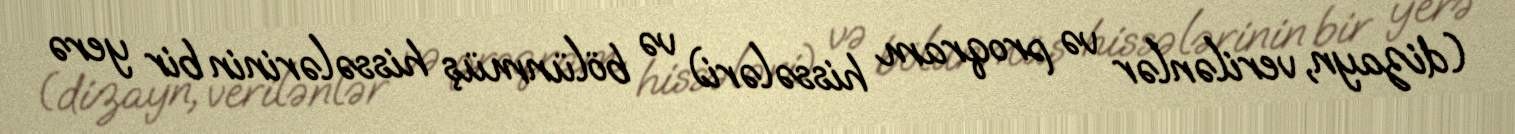
(dizayn, verilənlər və proqram hissələri) və bölünmüş hissələrinin bir yerə